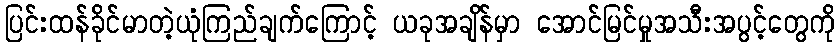
ပြင်းထန်ခိုင်မာတဲ့ယုံကြည်ချက်ကြောင့် ယခုအချိန်မှာ အောင်မြင်မှုအသီးအပွင့်တွေကို